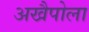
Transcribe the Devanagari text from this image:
अखैपोला